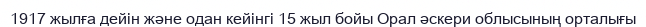
1917 жылға дейін және одан кейінгі 15 жыл бойы Орал әскери облысының орталығы